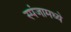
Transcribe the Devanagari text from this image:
स्पंजामध्ये